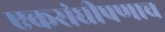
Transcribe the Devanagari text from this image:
एकसंधीपणाच